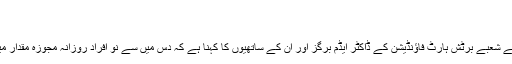
"
ریسرچ ٹیم کے سربراہ ڈاکٹر برگز
آکسفورڈ یونیورسٹی میں صحت میں اضافے کے لیے کام کرنے والے شعبے برٹش ہارٹ فاؤنڈیشن کے ڈاکٹر ایڈم برگز اور ان کے ساتھیوں کا کہنا ہے کہ دس میں سے نو افراد روزانہ مجوزہ مقدار میں سے ایک حصہ ہی پھل اور سبزی کھانے میں کامیاب رہتے ہیں۔